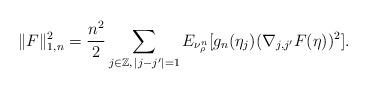
LaTeX: \begin{align*}\| F \|^2_{1 , n }= \frac{ n^2}{2} \sum_{ j \in \mathbb{Z}, \, | j - j^\prime | = 1 } E_{ \nu^n_\rho } [g_n (\eta_j ) (\nabla_{ j ,j^\prime } F (\eta))^2 ] . \end{align*}